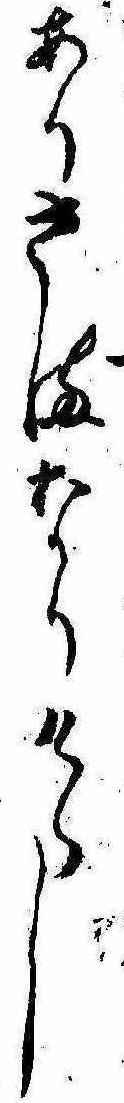
ありさまなりけらし